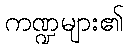
ကဏ္ဍများ၏